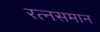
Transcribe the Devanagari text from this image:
रत्नसमान